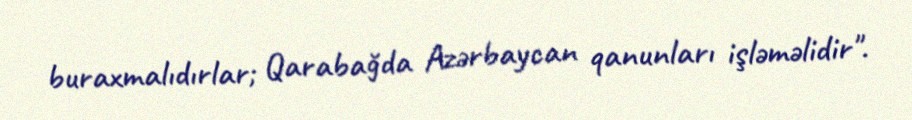
buraxmalıdırlar; Qarabağda Azərbaycan qanunları işləməlidir".